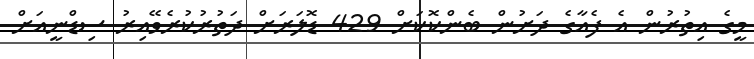
މީގެ އިތުރުން އެ ފެއާގެ ދަށުން ބެންކޮކަށް 429 ޑޮލަރަށް ދަތުރުކުރެވޭއިރު ސިޑްނީއަށް